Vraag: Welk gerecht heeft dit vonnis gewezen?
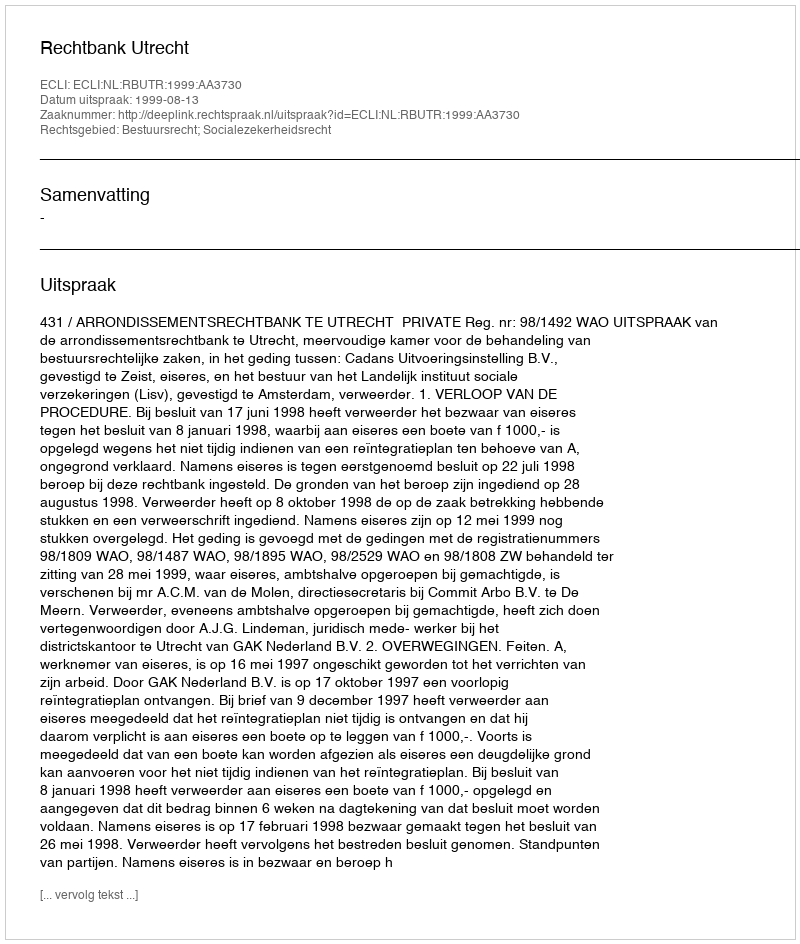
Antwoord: Rechtbank Utrecht